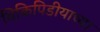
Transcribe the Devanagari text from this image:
विकिपिडीयाच्या